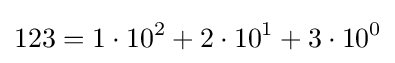
123=1\cdot 10^{2}+2\cdot 10^{1}+3\cdot 10^{0}